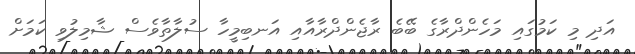
އަދި މި ކަމުގައި މަހެންދްރާގެ ބޭބެ ރާޖެންދްރާއާއި އަނބިމީހާ ސުލާތާވެެސް ޝާމިލުވި ކަމަށް